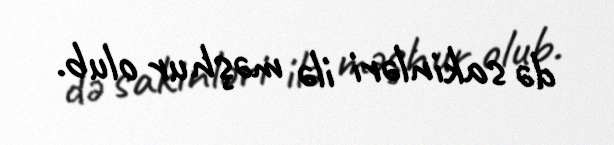
də sakinləri ilə məşhur olub.